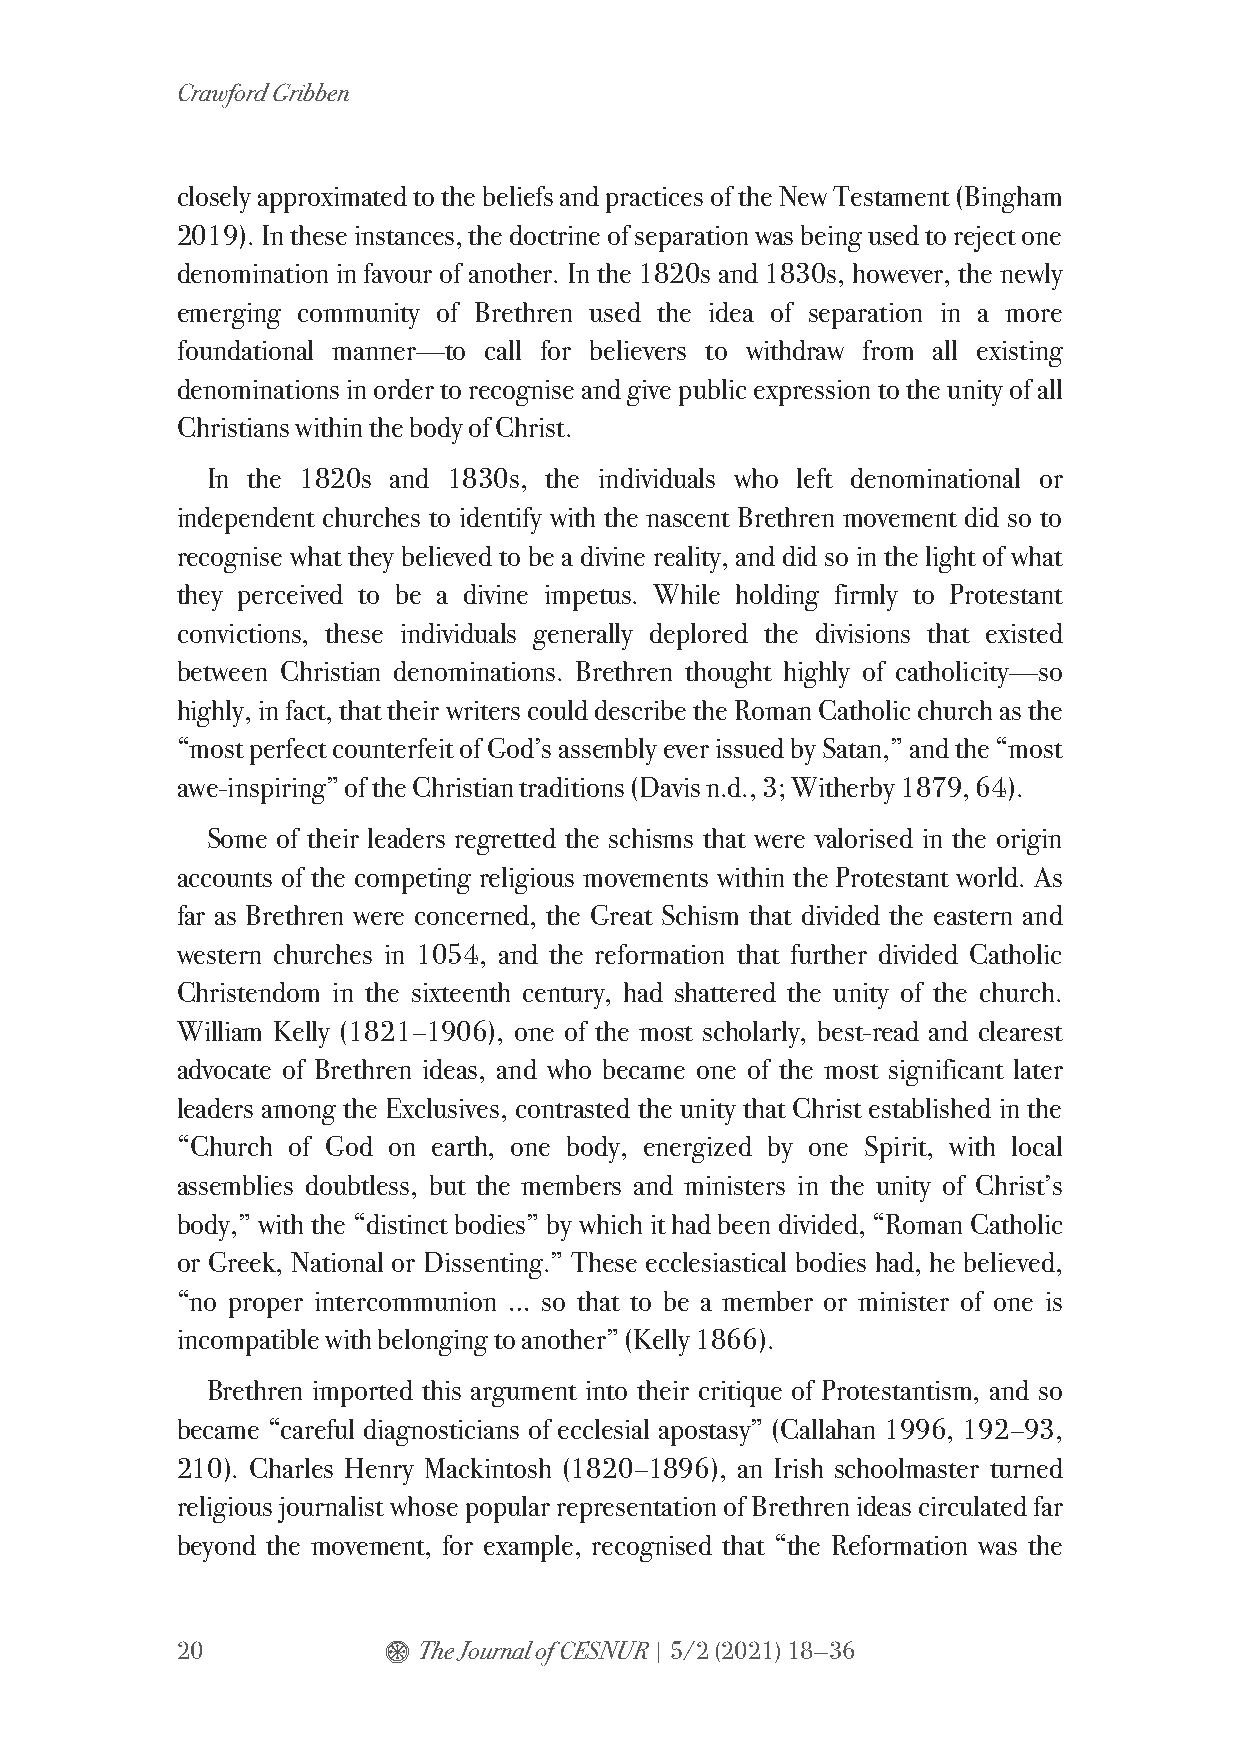
Crawford Gribben
 closely approximated to the beliefs and practices of the New Testament (Bingham
 2019). In these instances, the doctrine of separation was being used to reject one
 denomination in favour of another. In the 1820s and 1830s, however, the newly
 emerging community of Brethren used the idea of separation in a more
 foundational manner—to call for believers to withdraw from all existing
 denominations in order to recognise and give public expression to the unity of all
 Christians within the body of Christ.
 In the 1820s and 1830s, the individuals who left denominational or
 independent churches to identify with the nascent Brethren movement did so to
 recognise what they believed to be a divine reality, and did so in the light of what
 they perceived to be a divine impetus. While holding firmly to Protestant
 convictions, these individuals generally deplored the divisions that existed
 between Christian denominations. Brethren thought highly of catholicity—so
 highly, in fact, that their writers could describe the Roman Catholic church as the
 “most perfect counterfeit of God’s assembly ever issued by Satan,” and the “most
 awe-inspiring” of the Christian traditions (Davis n.d., 3; Witherby 1879, 64).
 Some of their leaders regretted the schisms that were valorised in the origin
 accounts of the competing religious movements within the Protestant world. As
 far as Brethren were concerned, the Great Schism that divided the eastern and
 western churches in 1054, and the reformation that further divided Catholic
 Christendom in the sixteenth century, had shattered the unity of the church.
 William Kelly (1821–1906), one of the most scholarly, best-read and clearest
 advocate of Brethren ideas, and who became one of the most significant later
 leaders among the Exclusives, contrasted the unity that Christ established in the
 “Church of God on earth, one body, energized by one Spirit, with local
 assemblies doubtless, but the members and ministers in the unity of Christ’s
 body,” with the “distinct bodies” by which it had been divided, “Roman Catholic
 or Greek, National or Dissenting.” These ecclesiastical bodies had, he believed,
 “no proper intercommunion … so that to be a member or minister of one is
 incompatible with belonging to another” (Kelly 1866).
 Brethren imported this argument into their critique of Protestantism, and so
 became “careful diagnosticians of ecclesial apostasy” (Callahan 1996, 192–93,
 210). Charles Henry Mackintosh (1820–1896), an Irish schoolmaster turned
 religious journalist whose popular representation of Brethren ideas circulated far
 beyond the movement, for example, recognised that “the Reformation was the
 20           $  The Journal of CESNUR | 5/2 (2021) 18—36